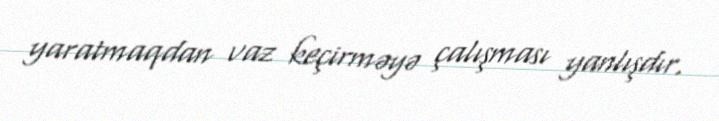
yaratmaqdan vaz keçirməyə çalışması yanlışdır.